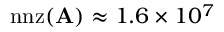
\mathrm { n n z } ( \mathbf { A } ) \approx 1 . 6 \times 1 0 ^ { 7 }